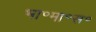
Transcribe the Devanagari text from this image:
भा॰मा॰स॰